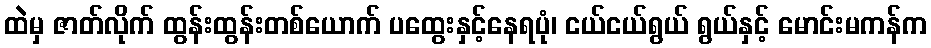
ထဲမှ ဇာတ်လိုက် ထွန်းထွန်းတစ်ယောက် ပထွေးနှင့်နေရပုံ၊ ငယ်ငယ်ရွယ် ရွယ်နှင့် မောင်းမကန်က